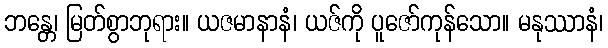
ဘန္တေ၊ မြတ်စွာဘုရား။ ယဇမာနာနံ၊ ယဇ်ကို ပူဇော်ကုန်သော။ မနုဿာနံ၊